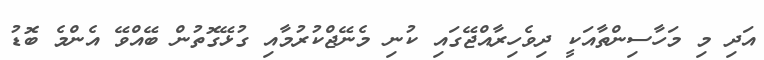
އަދި މި މަހާސިންތާއަކީ ދިވެހިރާއްޖޭގައި ކުނި މެނޭޖްކުރުމާއި ގުޅޭގޮތުން ބޭއްވޭ އެންމެ ބޮޑު